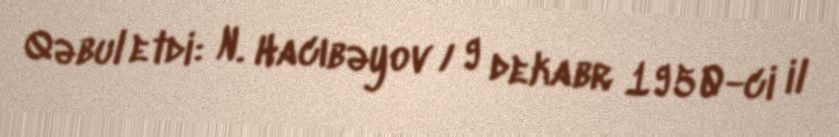
Qəbul etdi: N. Hacıbəyov / 9 dekabr 1950-ci il